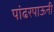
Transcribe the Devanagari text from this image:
पांढरपाऊनी